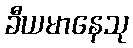
ခီယမာနေသု